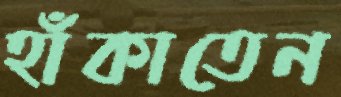
হাঁকাতেন